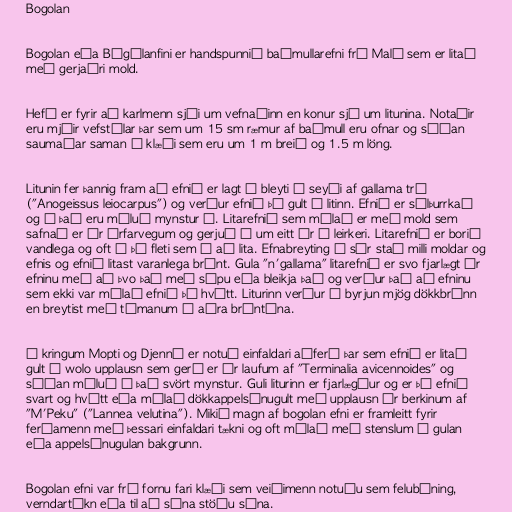
Bogolan

Bogolan eða Bògòlanfini er handspunnið baðmullarefni frá Malí sem er litað
með gerjaðri mold.

Hefð er fyrir að karlmenn sjái um vefnaðinn en konur sjá um litunina. Notaðir
eru mjóir vefstólar þar sem um 15 sm ræmur af baðmull eru ofnar og síðan
saumaðar saman í klæði sem eru um 1 m breið og 1.5 m löng.

Litunin fer þannig fram að efnið er lagt í bleyti í seyði af gallama tré
("Anogeissus leiocarpus") og verður efnið þá gult á litinn. Efnið er sólþurrkað
og á það eru máluð mynstur á. Litarefnið sem málað er með mold sem
safnað er úr árfarvegum og gerjuð í um eitt ár í leirkeri. Litarefnið er borið
vandlega og oft á þá fleti sem á að lita. Efnabreyting á sér stað milli moldar og
efnis og efnið litast varanlega brúnt. Gula "n'gallama" litarefnið er svo fjarlægt úr
efninu með að þvo það með sápu eða bleikja það og verður það að efninu
sem ekki var málað efnið þá hvítt. Liturinn verður í byrjun mjög dökkbrúnn
en breytist með tímanum í aðra brúntóna.

Í kringum Mopti og Djenné er notuð einfaldari aðferð þar sem efnið er litað
gult í wolo upplausn sem gerð er úr laufum af "Terminalia avicennoides" og
síðan máluð á það svört mynstur. Guli liturinn er fjarlægður og er þá efnið
svart og hvítt eða málað dökkappelsínugult með upplausn úr berkinum af
"M'Peku" ("Lannea velutina"). Mikið magn af bogolan efni er framleitt fyrir
ferðamenn með þessari einfaldari tækni og oft málað með stenslum á gulan
eða appelsínugulan bakgrunn.

Bogolan efni var frá fornu fari klæði sem veiðimenn notuðu sem felubúning,
verndartákn eða til að sýna stöðu sína.